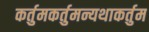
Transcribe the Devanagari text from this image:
कर्तुमकर्तुमन्यथाकर्तुम